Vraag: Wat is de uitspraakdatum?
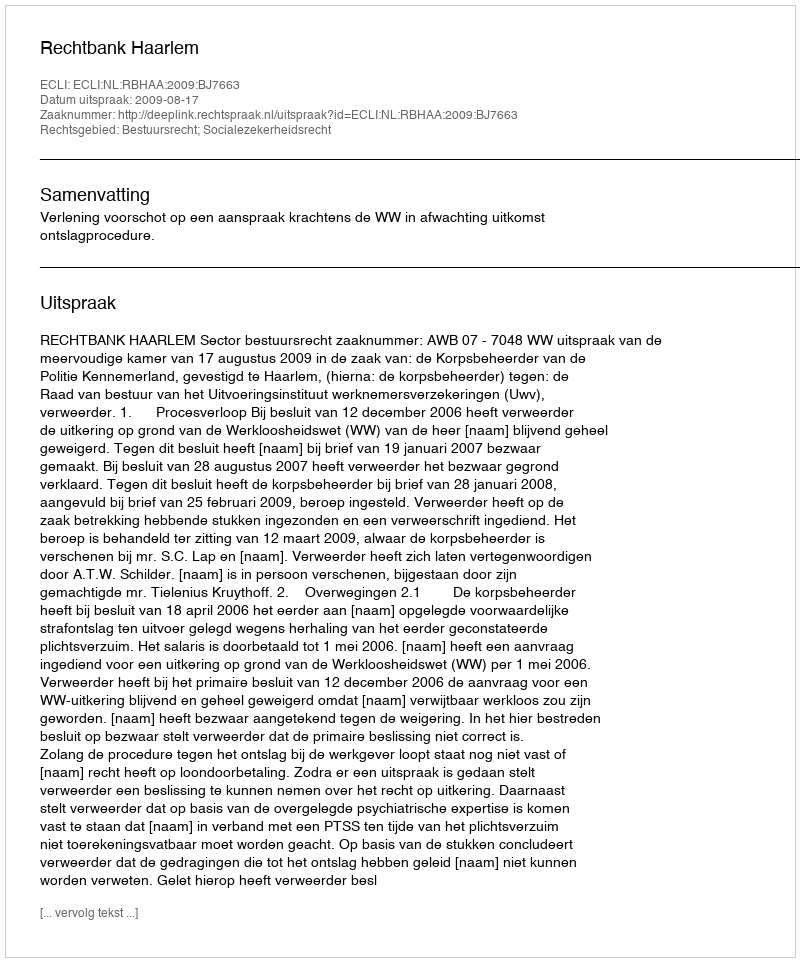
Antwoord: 2009-08-17